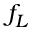
f _ { L }